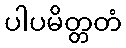
ပါပမိတ္တတံ